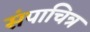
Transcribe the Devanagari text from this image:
संपाचित्र